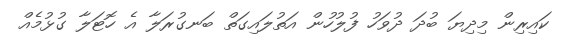
ކައިރިން މިދިޔަ ބުދަ ދުވަހު ފުލުހުން އަތުލައިގަތް ބަނގުރަލާ އެ ހޮޓަލާ ގުޅުމެއް